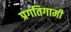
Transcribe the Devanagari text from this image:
प्रगतिगामी